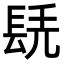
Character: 𨱷